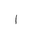
Letter: _alif